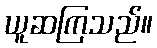
ယူဆကြသည်။